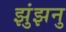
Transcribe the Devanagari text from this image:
झुंझनु